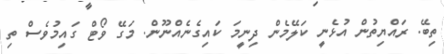
ތިބޭ. ރައްޔިތުން އުޅެނީ ކަލޭމެން ދިނީމަ ކައިގެނެއްނޫން. މަގޭ ވޯޓް ގައިމުވެސް ތި